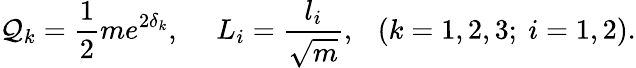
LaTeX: {\cal Q}_{k}={\frac{1}{2}}me^{2\delta_{k}},\ \ \ \ \ L_{i}={\frac{l_{i}}{\sqrt{m}}},\ \ \ (k=1,2,3;\ i=1,2).